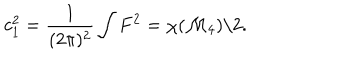
c _ { 1 } ^ { 2 } = { \frac { 1 } { ( 2 \pi ) ^ { 2 } } } \int F ^ { 2 } = \chi ( { \cal M } _ { 4 } ) / 2 .